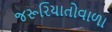
જરૂરિયાતોવાળા